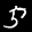
Label: 5